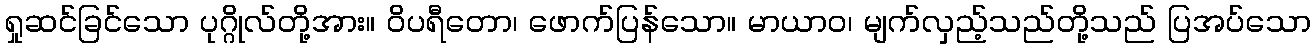
ရှုဆင်ခြင်သော ပုဂ္ဂိုလ်တို့အား။ ဝိပရီတော၊ ဖောက်ပြန်သော။ မာယာဝ၊ မျက်လှည့်သည်တို့သည် ပြအပ်သော